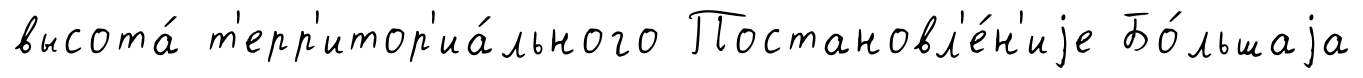
высота́ т'ерр'итор'иа́льного Постановл'е́н'иjе Бо́льшаjа